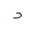
Letter: _dal